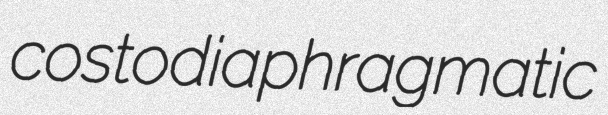
costodiaphragmatic